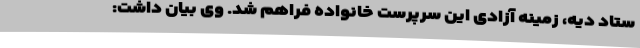
ستاد دیه، زمینه آزادی این سرپرست خانواده فراهم شد. وی بیان داشت: